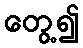
တွေ့၍